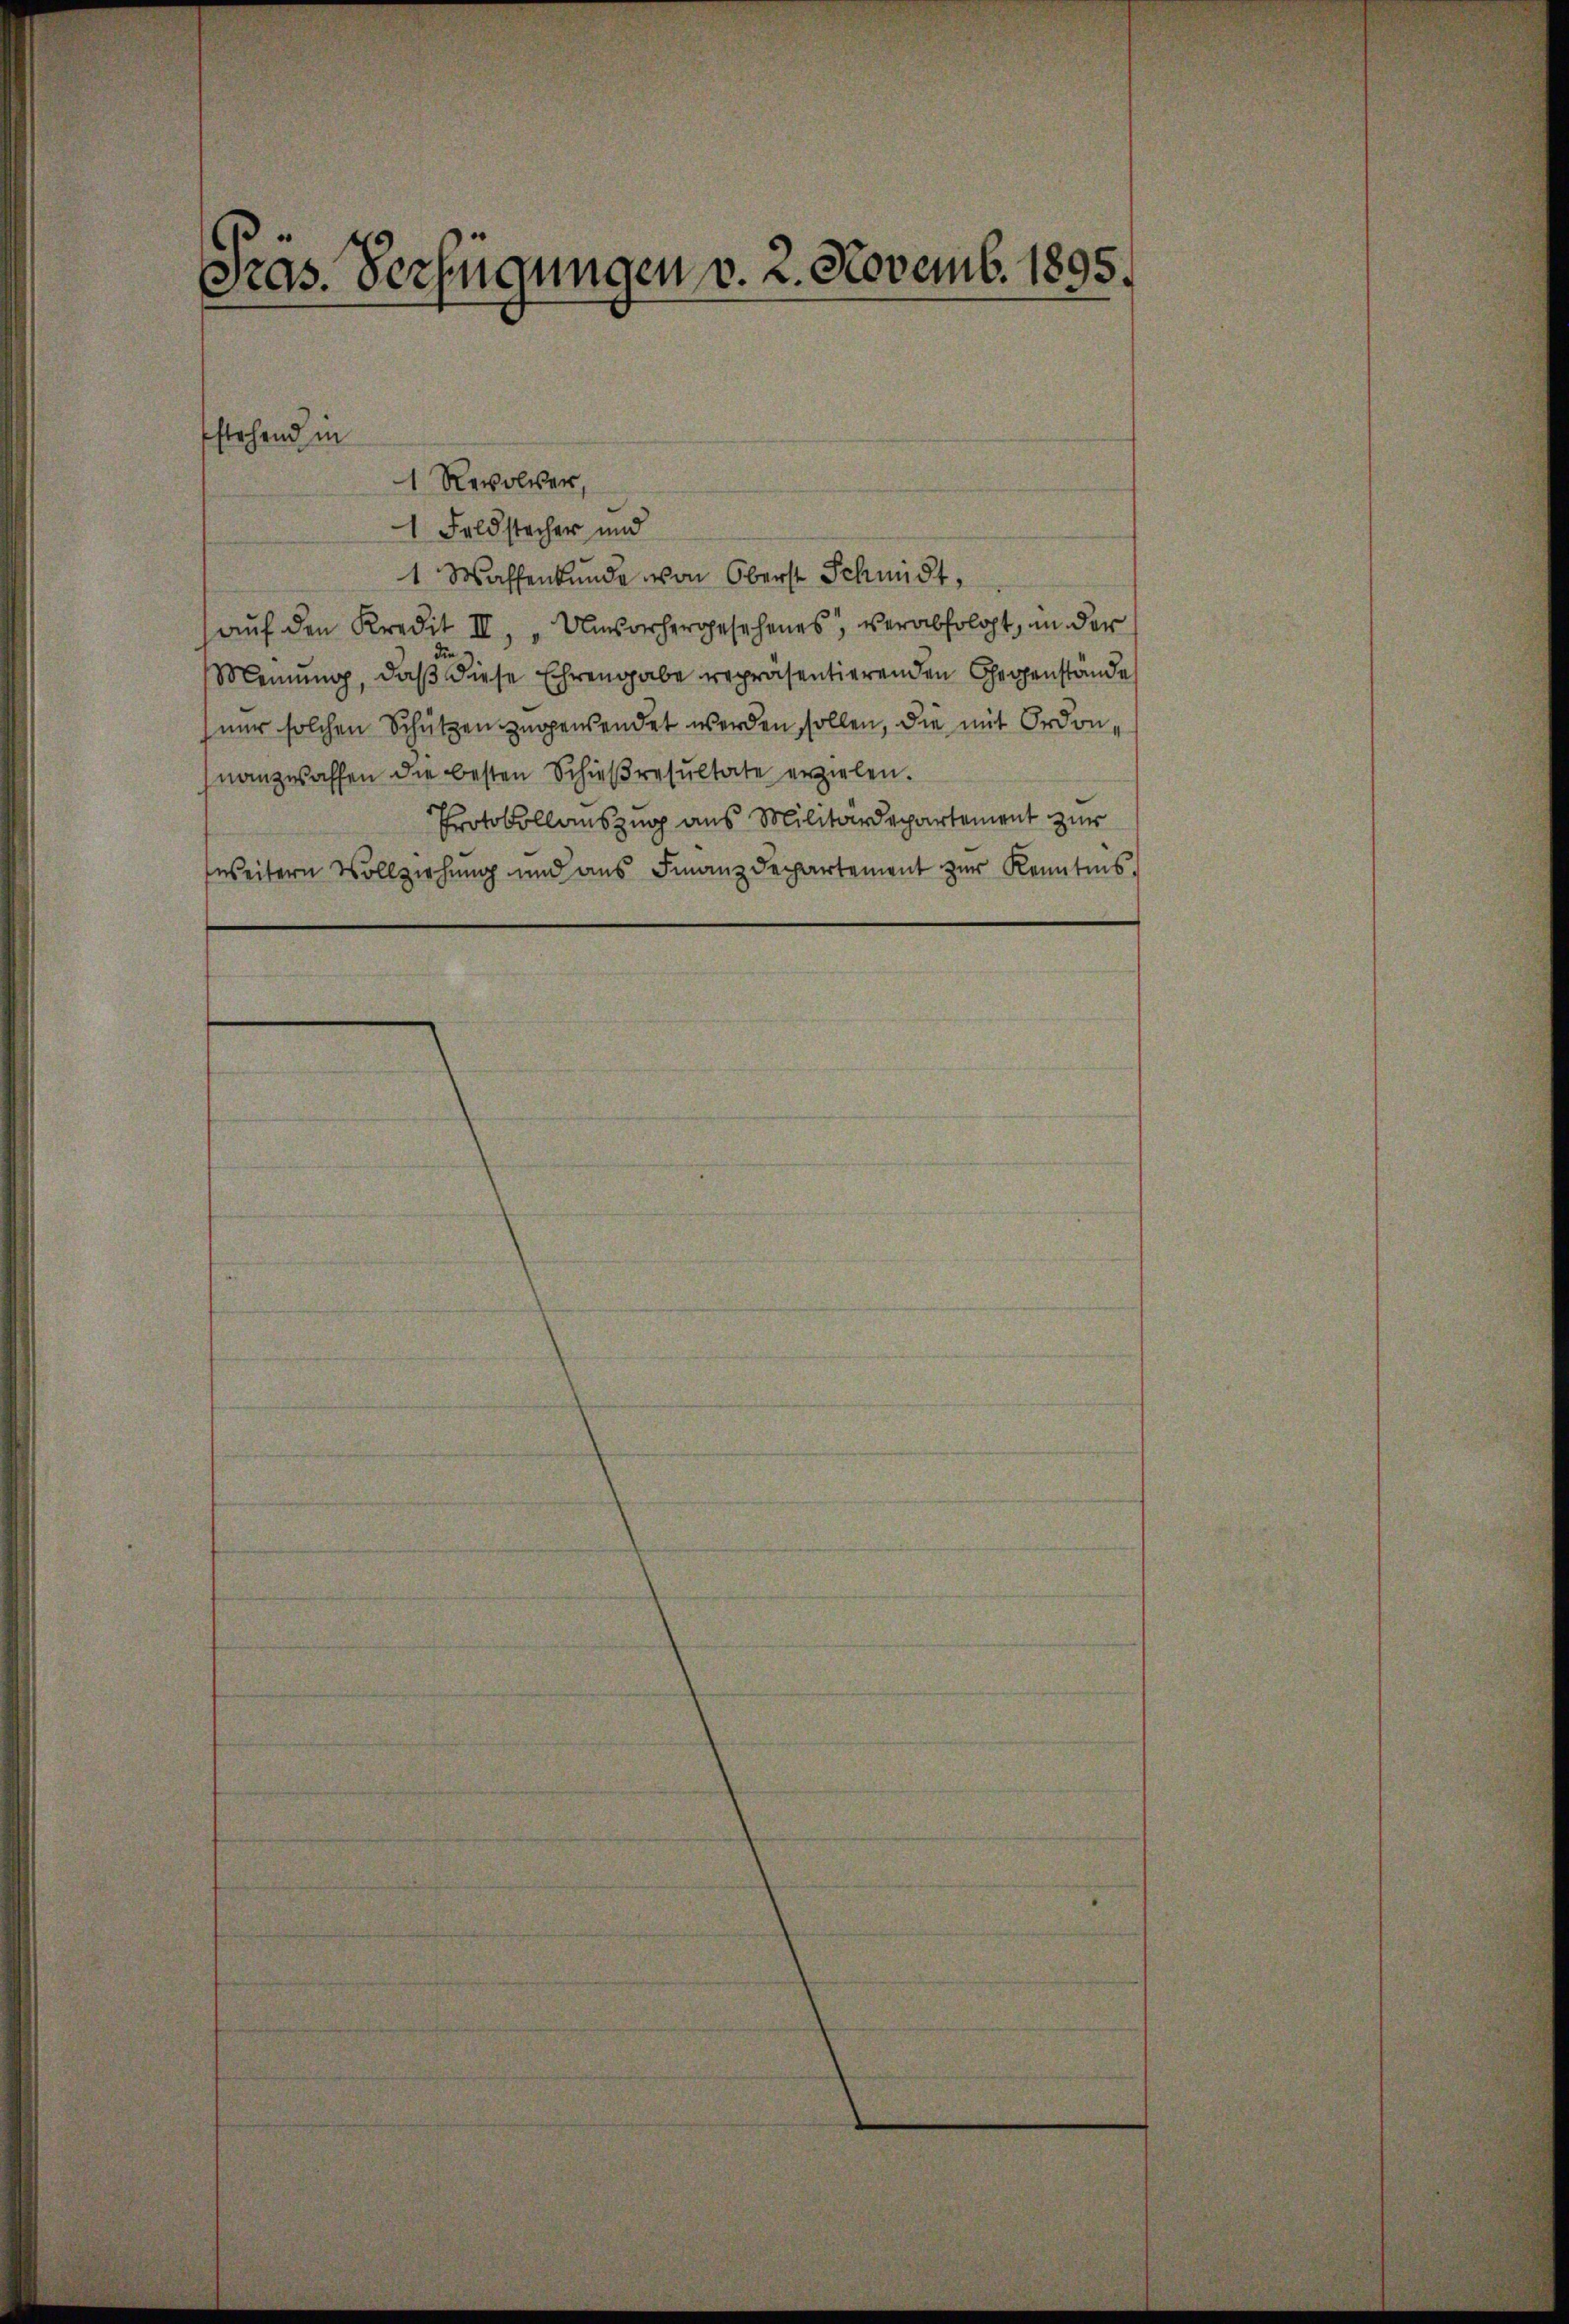
Pras. Verfügungen v. 2. Novemb. 1895.

1 Revolver,
1 Feldstacher und
1 Waffenkunde von Oberst Schmidt,
aŭf den Kredit II, "Umsorhergesehenes verabfolgt, in der
Meinung, daß diese Ehrengabe repräsentierenden Gegenstände
nur solchen Schützen zugewendet werden sollen, die mit Ordon,
nanzwaffen die besten Schieβresultate erzielen.
Protokollauszug aus Militärdepartement zur
weitern Vollziehung und ans Finanzdepartement zŭr Kenntnis.

stehend in